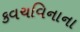
કવચવિનાના